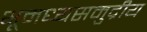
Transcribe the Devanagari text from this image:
भूमध्यसमुद्रीय